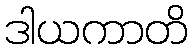
ဒါယကာတိ